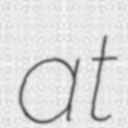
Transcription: at